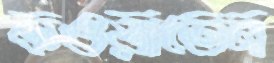
কওয়াতেন